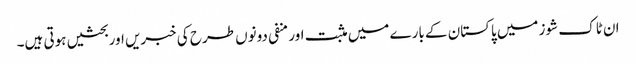
ان ٹاک شوز میں پاکستان کے بارے میں مثبت اور منفی دونوں طرح کی خبریں اور بحثیں ہوتی ہیں۔